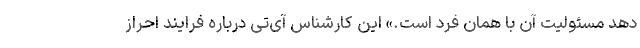
دهد مسئولیت آن با همان فرد است.» این کارشناس آی‌تی درباره فرایند احراز